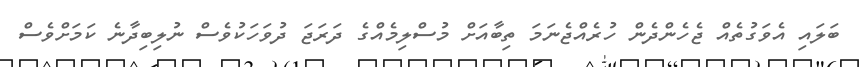
ބަލައި އެވަގުތެއް ޖެހެންދެން ހުރެއްޖެނަމަ ތިބާއަށް މުސްލިމެއްގެ ދަރަޖަ ދުވަހަކުވެސް ނުލިބިދާނެ ކަމަށްވެސް